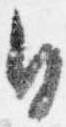
日